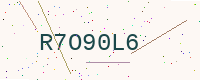
Text: R7O90L6